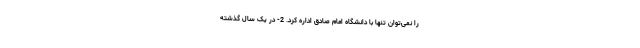
را نمی‌توان تنها با دانشگاه امام صادق اداره کرد. 2- در یک سال گذشته